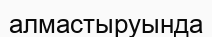
алмастыруында